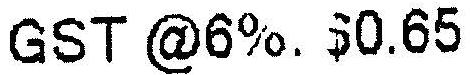
GST @6%: $0.65